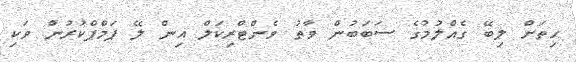
ހިތަށް ލިބޭ ގެއްލުމުގެ ސަބަބުން ވާތު ވެންޓްރިކަލް އިން ލޭ ޕަމްޕްކުރުން ވަކި